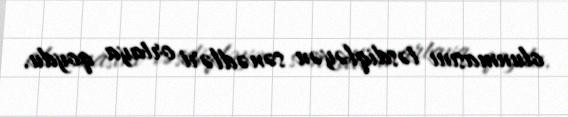
olunmasını təsdiqləyən sənədləri ortaya qoydu.